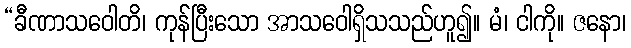
“ခီဏာသဝေါတိ၊ ကုန်ပြီးသော အာသဝေါရှိသသည်ဟူ၍။ မံ၊ ငါကို။ ဇနော၊